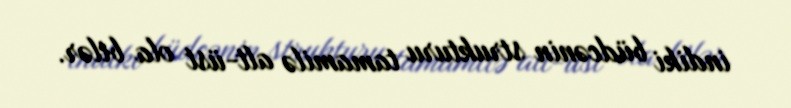
indiki büdcənin strukturu tamamilə alt-üst ola bilər.